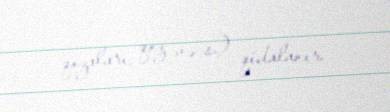
qozaları, qoz və s.) qidalanır.